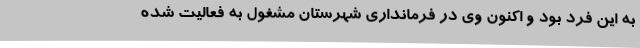
به این فرد بود و اکنون وی در فرمانداری شهرستان مشغول به فعالیت شده